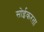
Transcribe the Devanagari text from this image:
सोईकरता